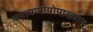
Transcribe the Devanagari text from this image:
नारायणीयोपाख्यान